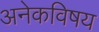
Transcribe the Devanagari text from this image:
अनेकविषय